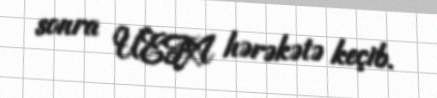
sonra UEFA hərəkətə keçib.